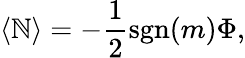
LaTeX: \langle\mathbb{N}\rangle=-{\frac{{1}}{{2}}}\mathrm{{sgn}}(m)\Phi,